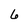
Character: 6